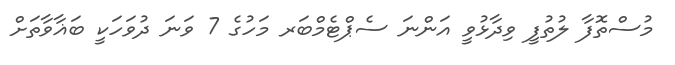
މުސްތޮފާ ލުތުފީ ވިދާޅުވީ އަންނަ ސެޕްޓެމްބަރ މަހުގެ 7 ވަނަ ދުވަހަކީ ބަޣާވާތަށް